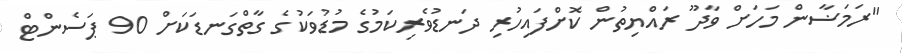
"ރަމަޟާން މަހަށް ވާދޫ ރައްޔިތުން ކޮށްފައިހުރި ދަނޑުވެރިކަމުގެ މުޑުވަކުގެ ގާތްގަނޑަކަށް 90 ޕަސެންޓް